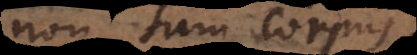
non sum corpus.